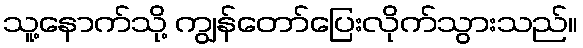
သူ့နောက်သို့ ကျွန်တော်ပြေးလိုက်သွားသည်။